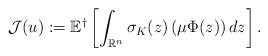
LaTeX: \begin{align*} \mathcal{J}(u):=\mathbb{E}^\dagger \left[ \int_{\mathbb{R}^n}\sigma_K(z)\left(\mu\Phi(z)\right)dz \right]. \end{align*}